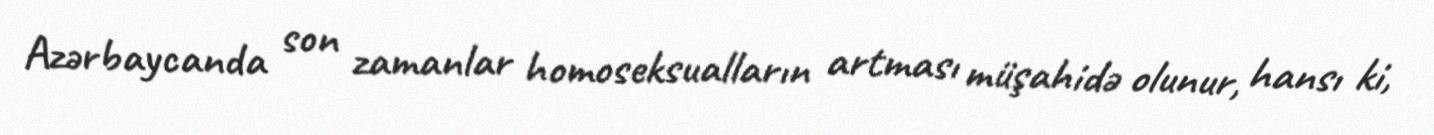
Azərbaycanda son zamanlar homoseksualların artması müşahidə olunur, hansı ki,